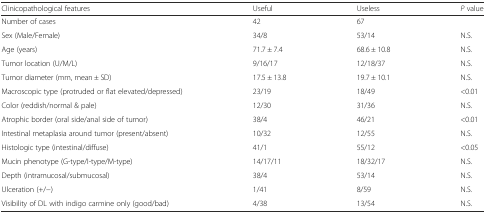
| Clinicopathological features | Useful | Useless | P value |
 | --- | --- | --- | --- |
 | Number of cases | 42 | 67 |  |
 | Sex (Male/Female) | 34/8 | 53/14 | N.S. |
 | Age (years) | 71.7 ± 7.4 | 68.6 ± 10.8 | N.S. |
 | Tumor location (U/M/L) | 9/16/17 | 12/18/37 | N.S. |
 | Tumor diameter (mm, mean ± SD) | 17.5 ± 13.8 | 19.7 ± 10.1 | N.S. |
 | Macroscopic type (protruded or flat elevated/depressed) | 23/19 | 18/49 | <0.01 |
 | Color (reddish/normal & pale) | 12/30 | 31/36 | N.S. |
 | Atrophic border (oral side/anal side of tumor) | 38/4 | 46/21 | <0.01 |
 | Intestinal metaplasia around tumor (present/absent) | 10/32 | 12/55 | N.S. |
 | Histologic type (intestinal/diffuse) | 41/1 | 55/12 | <0.05 |
 | Mucin phenotype (G-type/I-type/M-type) | 14/17/11 | 18/32/17 | N.S. |
 | Depth (intramucosal/submucosal) | 38/4 | 53/14 | N.S. |
 | Ulceration (+/−) | 1/41 | 8/59 | N.S. |
 | Visibility of DL with indigo carmine only (good/bad) | 4/38 | 13/54 | N.S. |